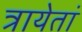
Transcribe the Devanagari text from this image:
त्रायेतां